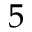
5